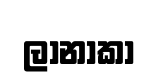
ලානාකා